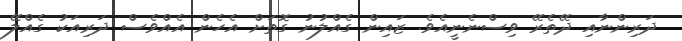
ދަރިންނާއި ދޭތެރޭ ވިސްނެނީއެވެ. ޒައިން ގެއްލުނު ގޮތަށް އެހެން އެއްވެސް ދަރިއަކު ގެއްލޭ